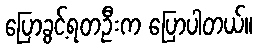
ပြောခွင့်ရတဦးက ပြောပါတယ်။